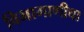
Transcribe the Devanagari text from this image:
विभागाणीचा